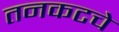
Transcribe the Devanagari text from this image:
तनकटचे